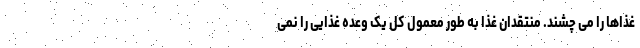
غذاها را می چشند. منتقدان غذا به طور معمول کل یک وعده غذایی را نمی